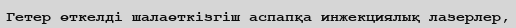
Гетер өткелді шалаөткізгіш аспапқа инжекциялық лазерлер,